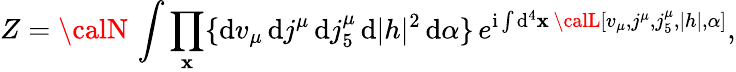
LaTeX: Z={\calN}\, \int\prod_{\mathbf{x}}\{ \mathrm{{d}}v_{\mu}\, \mathrm{{d}}j^{\mu}\, \mathrm{{d}}j_{5}^{\mu}\, \mathrm{{d}}|h|^{2}\, \mathrm{{d}}\alpha\} \, e^{\mathrm{{i}}\int\mathrm{{d}}^{4}\mathbf{x}\, {\calL}[v_{\mu},j^{\mu},j_{5}^{\mu},|h|,\alpha]},